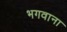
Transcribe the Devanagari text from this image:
भगवाना